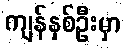
ကျန်နှစ်ဦးမှာ